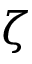
\zeta